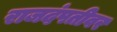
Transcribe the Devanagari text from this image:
राजदंपतीवर